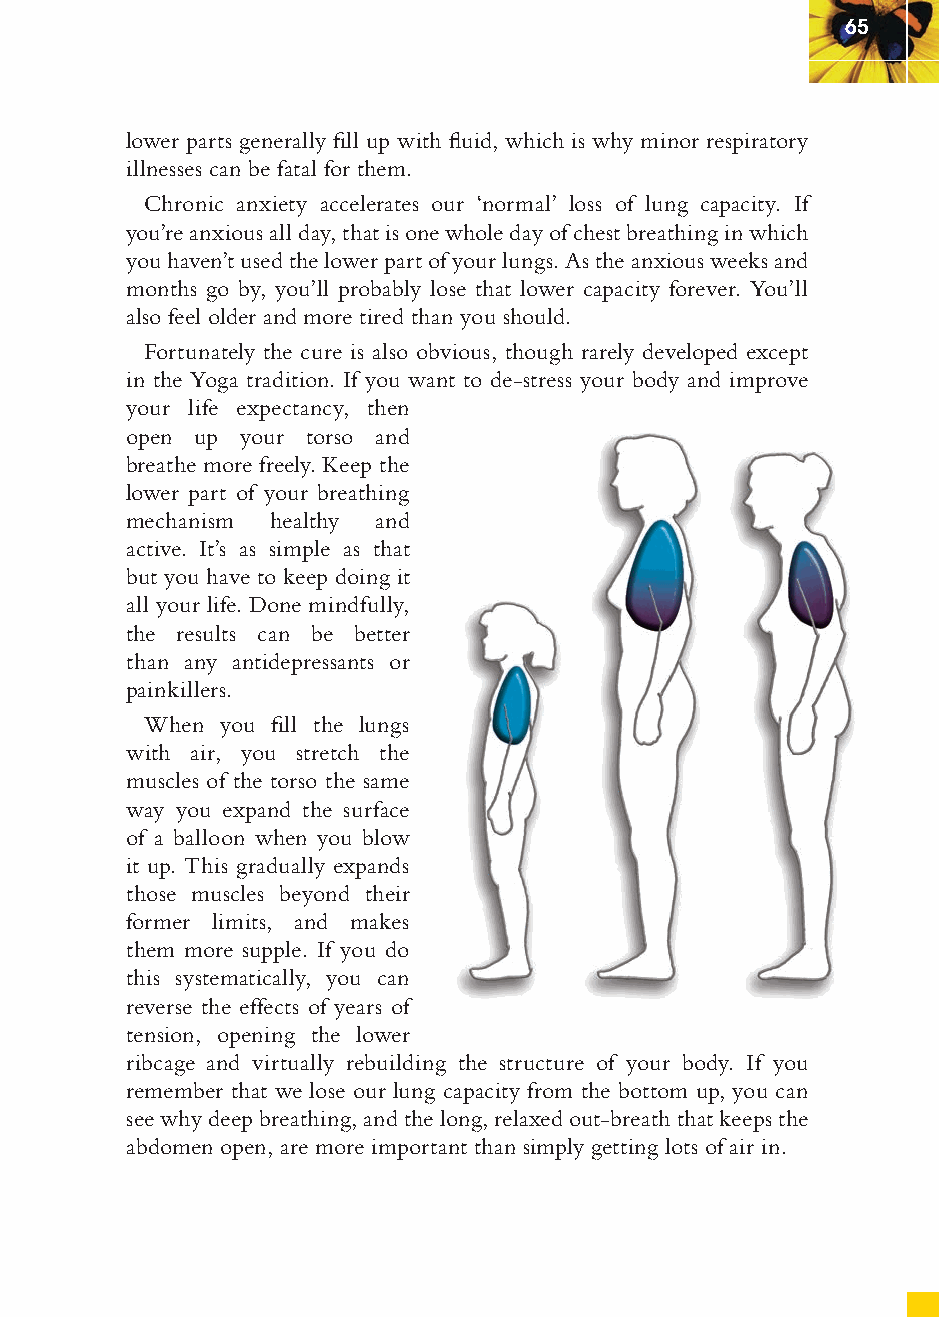
65
 lower parts generally fi ll up with fl uid, which is why minor respiratory
 illnesses can be fatal for them.
 Chronic anxiety accelerates our ‘normal’ loss of lung capacity. If
 you’re anxious all day, that is one whole day of chest breathing in which
 you haven’t used the lower part of your lungs. As the anxious weeks and
 months go by, you’ll probably lose that lower capacity forever. You’ll
 also feel older and more tired than you should.
 Fortunately the cure is also obvious, though rarely developed except
 in the Yoga tradition. If you want to de-stress your body and improve
 your life expectancy, then
 open up your torso and
 breathe more freely. Keep the
 lower part of your breathing
 mechanism healthy and
 active. It’s as simple as that
 but you have to keep doing it
 all your life. Done mindfully,
 the results can be better
 than any antidepressants or
 painkillers.
 When you fi ll the lungs
 with air, you stretch the
 muscles of the torso the same
 way you expand the surface
 of a balloon when you blow
 it up. This gradually expands
 those muscles beyond their
 former limits, and makes
 them more supple. If you do
 this systematically, you can
 reverse the effects of years of
 tension, opening the lower
 ribcage and virtually rebuilding the structure of your body. If you
 remember that we lose our lung capacity from the bottom up, you can
 see why deep breathing, and the long, relaxed out-breath that keeps the
 abdomen open, are more important than simply getting lots of air in.
 ffiivvee__220000667788..iinndddd SSeecc11::6699     3300//55//0055 55::0044::1166 PPMM